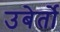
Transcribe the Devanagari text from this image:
उबेर्तो